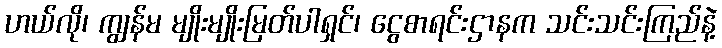
ဟယ်လို၊ ကျွန်မ မျိုးမျိုးမြတ်ပါရှင်၊ ငွေစာရင်းဌာနက သင်းသင်းကြည်နဲ့